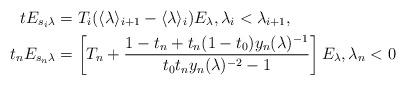
LaTeX: \begin{align*}t E_{s_i\lambda} &= T_i(\langle \lambda\rangle_{i+1} -\langle \lambda\rangle_{i} ) E_\lambda,\lambda_i < \lambda_{i+1},\\t_n E_{s_n\lambda} &= \left[T_n + \frac{1-t_n+t_n(1-t_0)y_n(\lambda)^{-1}}{t_0t_ny_n(\lambda)^{-2}-1} \right] E_\lambda,\lambda_n<0\end{align*}